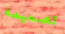
تصميمه